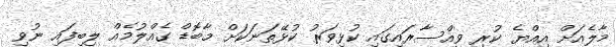
މާލެއަށް އިއްޔެ ކުރި ވިއްސާރައިގައި ކުޅިވަރު ކުޅޭތަނަކަށް މާބޮޑް ގެއްލުމެއް ލިބިފައި ނުވި